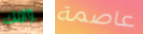
وامك عاصمة